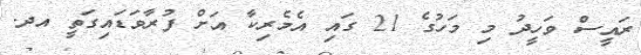
ރައީސް ވަހީދު މި މަހުގެ 21 ގައި އެމެރިކާ އަށް ފުރާވަޑައިގަތީ އދ.